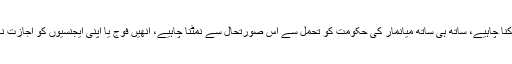
انھوں نے اس موقعے پر کہا: ‘انھیں اسے روکنا چاہیے، ساتھ ہی ساتھ میانمار کی حکومت کو تحمل سے اس صورتحال سے نمٹنا چاہیے، انھیں فوج یا اپنی ایجنسیوں کو اجازت نہیں دینی چاہیے کہ عام لوگوں پر حملہ کریں۔